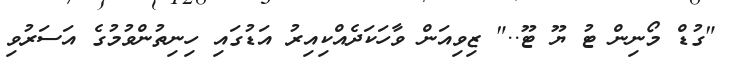
"ގުޑް މޯނިން ޓު ޔޫ ޓޫ.." ޒިވިއަން ވާހަކަދެއްކިއިރު އަޑުގައި ހިނިތުންވުމުގެ އަސަރުވި